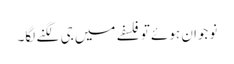
نوجوان ہوئے تو فلسفے میں جی لگنے لگا۔